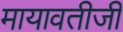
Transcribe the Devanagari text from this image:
मायावतीजी